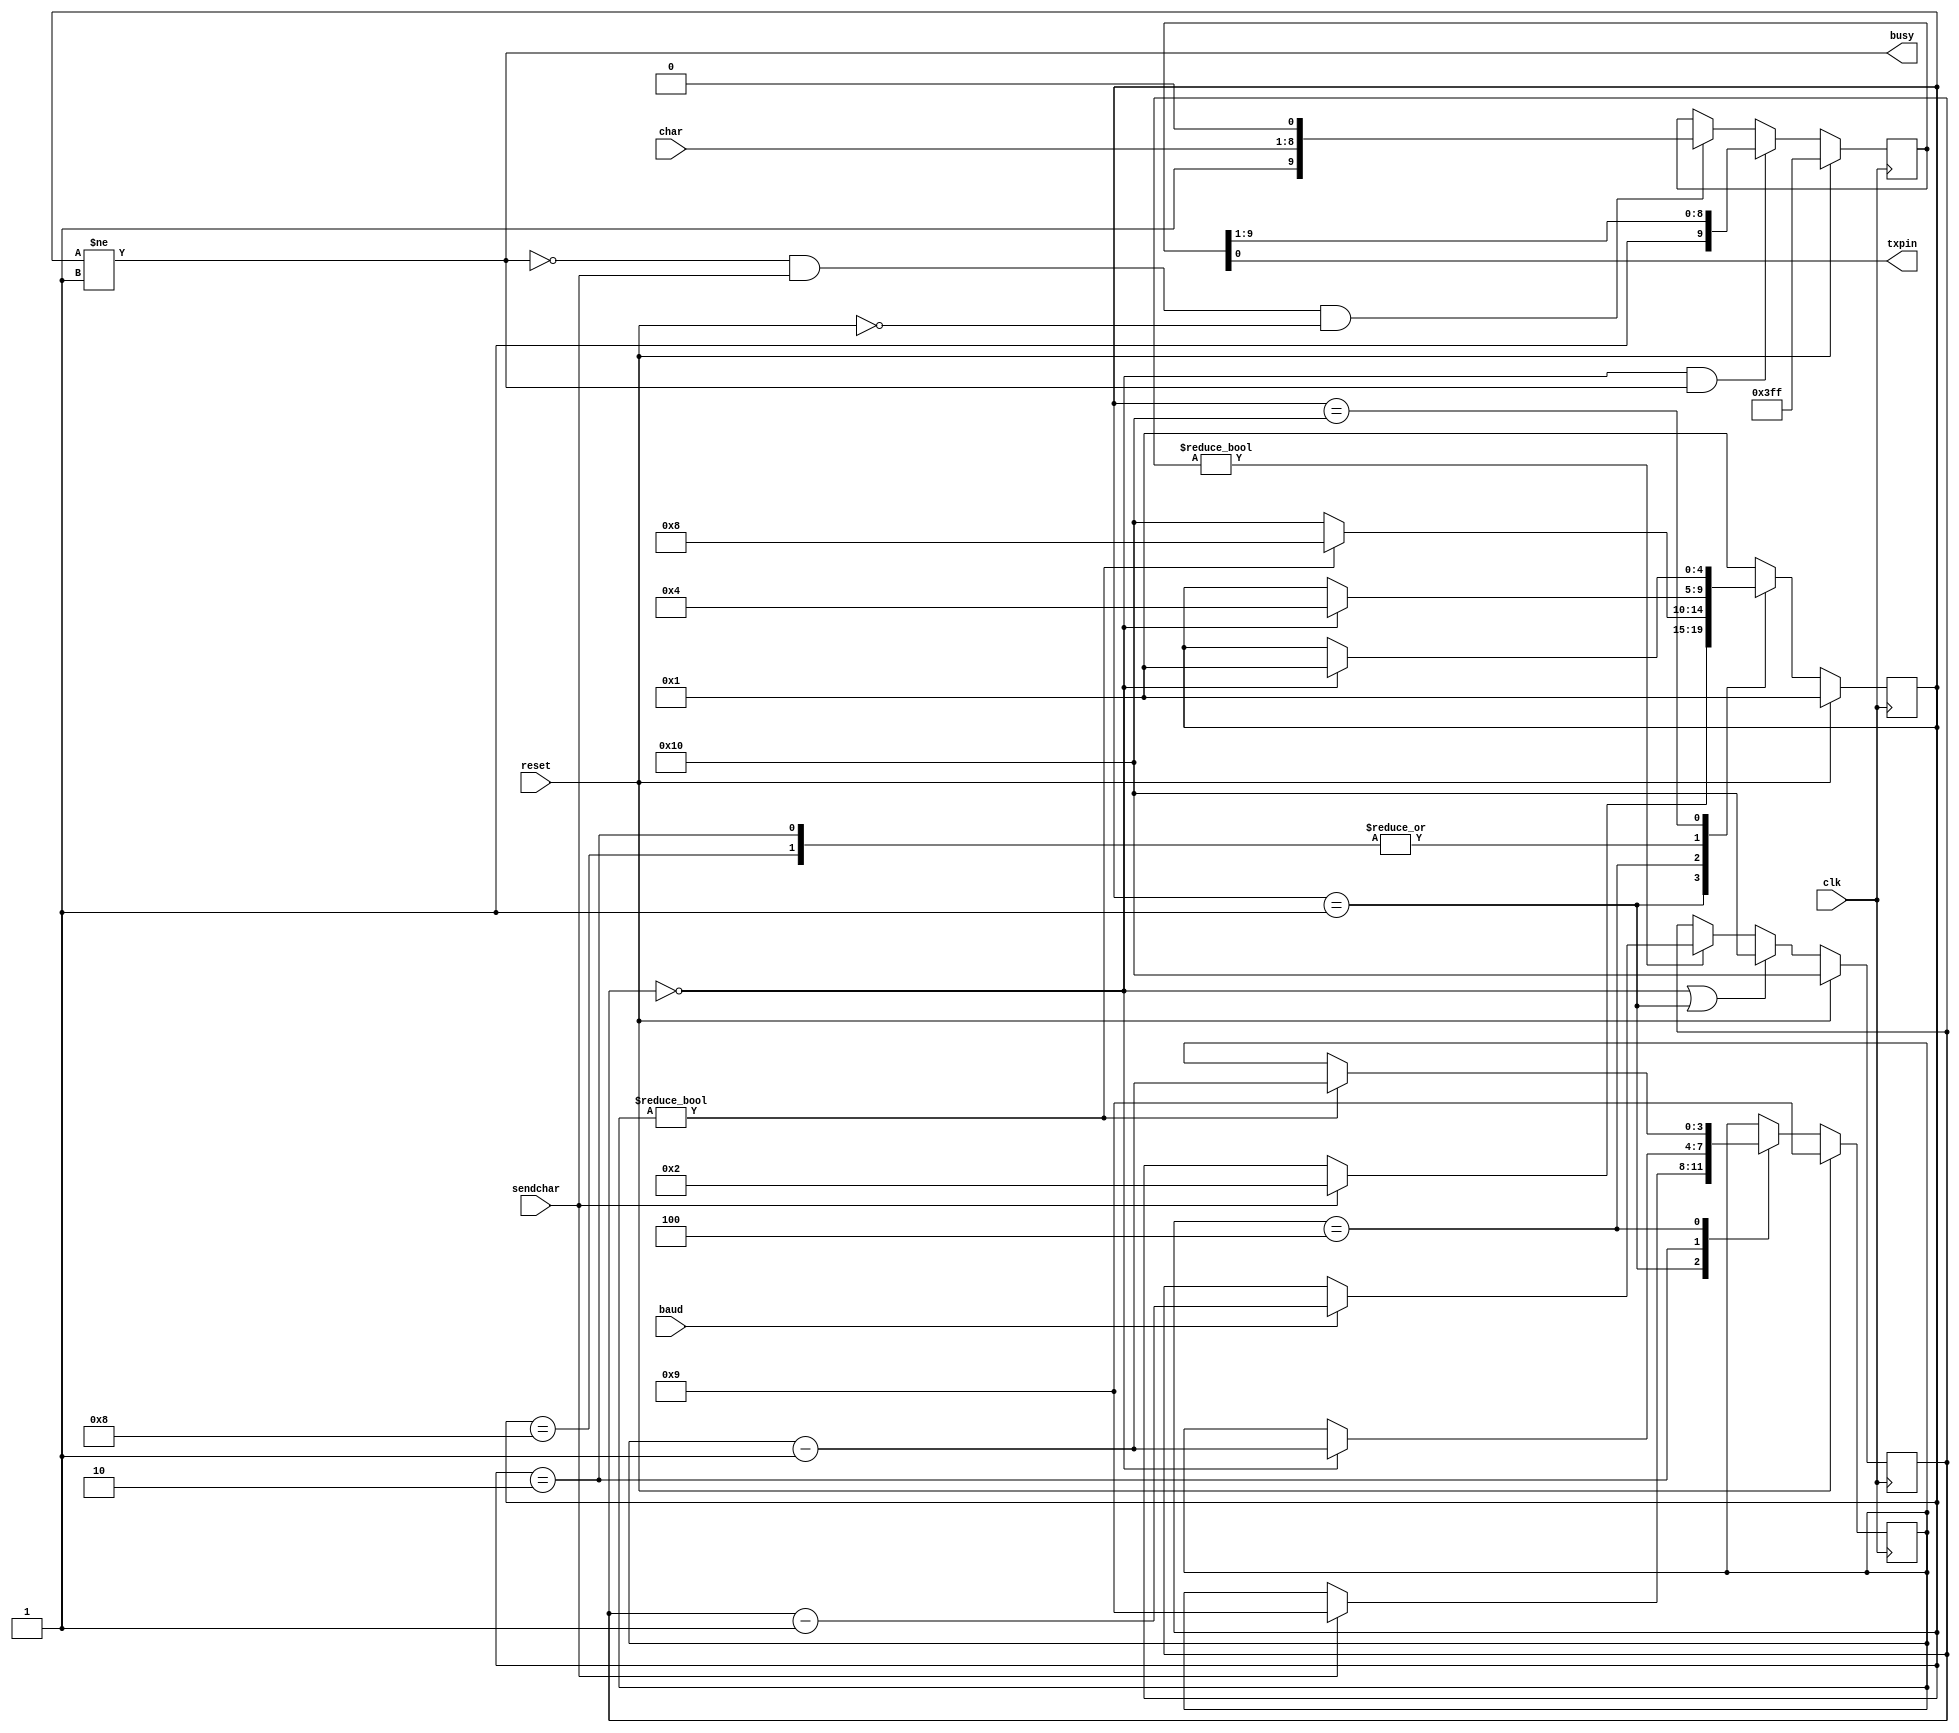
`default_nettype none
`timescale 1ns/10ps

module xmit_clk(input clk, input reset, 
	    input [7:0] char, input sendchar, 
	    output 	txpin,output busy,input baud);

   parameter IDLELEVEL=1'b1;  // line idle is a 0 or 1? (before inversion if DATAINV=1)
   parameter DATAINV=1'b0;   // invert data=1
// Note: this MUST match clock source!
   parameter OVERSAMPLE=16;
   
// states   
   localparam IDLE=  5'b00001;
   localparam START= 5'b00010;
   localparam BIT=   5'b00100;
   localparam SEND=  5'b01000;
   localparam STOP=  5'b10000;

   

   reg [4:0]    state;
   reg [4:0] 	nextstate;
   reg [4:0] 	timer16x;
   reg [9:0] 	cbuf;
   reg [3:0] 	bitct;
   reg [3:0] 	newbitct;


// Send LSB data
   assign txpin=cbuf[0]^DATAINV;
// if not idle, we are busy
   assign busy=state!=IDLE;
   
// Calculate next state and next bit count
   always @(*)
     begin
	nextstate=state;  // default
	newbitct=bitct;
	case (state)
	  IDLE:
	    begin
	    if (sendchar)
	      begin
		 newbitct=9; // (start+stop+8)-1
		 nextstate=START;
	      end
	    end
	  
	  START:
	    begin
	    if (timer16x==0) 
	       begin
		  nextstate=BIT;
		  newbitct=bitct-1;
	       end
	    end
	       
	  BIT:
	     begin
		if (bitct)
		  begin
		     newbitct=bitct-1;
		     nextstate=SEND;
		  end
		else
		  nextstate=STOP;
	     end
	  SEND:
	    if (timer16x==0) nextstate=BIT;
	  
	  STOP:
	    if (timer16x==0) nextstate=IDLE;
	  default:
	    nextstate=IDLE;
	endcase // case (state)
     end

// Run the state machine
   always @(posedge clk)
     if (reset)
       begin
// Initial setup
	  cbuf<={10{IDLELEVEL}};
	  state<=IDLE;
	  timer16x<=OVERSAMPLE;
	  bitct<=9;
       end	  
     else
       begin
// If we are not busy and sendchar is high, grab character to send
	  if (busy==0 && sendchar==1 && reset==0)  cbuf<={ IDLELEVEL, char, ~IDLELEVEL };
// update baud rate divisor
	    if (timer16x!=0)
	      if (baud) 
		begin
		   timer16x<=timer16x-1;
		end
// this won't see the zero until next fast clock
	    if (timer16x==0||state==IDLE) 
		 begin
		    timer16x<=OVERSAMPLE;
		 end
// shift cbuf unless in idle
	  if (timer16x==0 && state!=IDLE) cbuf<={ IDLELEVEL, cbuf[9:1] };
// Update state and bitct	  
	  state<=nextstate;  
	  bitct<=newbitct;
       end

endmodule